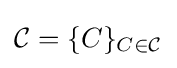
{\mathcal {C}}=\{C\}_{C\in {\mathcal {C}}}